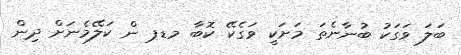
ބަލަ ވަގަކު ބުނާނެތަ މަށަކީ ވަގެކޭ ކޮބާ މޑޕ ން ކަލޭމެނަށް ދިން